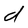
Character: d